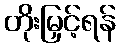
တိုးမြှင့်ရန်